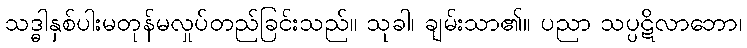
သဒ္ဓါနှစ်ပါးမတုန်မလှုပ်တည်ခြင်းသည်။ သုခါ၊ ချမ်းသာ၏။ ပညာ သပ္ပဋိလာဘော၊